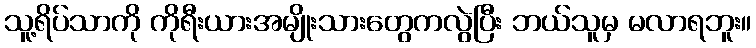
သူ့ရိပ်သာကို ကိုရီးယားအမျိုးသားတွေကလွဲပြီး ဘယ်သူမှ မလာရဘူး။